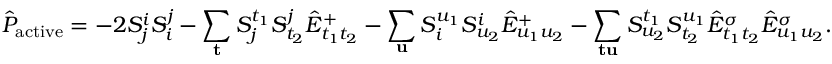
\hat { P } _ { \mathrm { a c t i v e } } = - 2 S _ { j } ^ { i } S _ { i } ^ { j } - \sum _ { \mathbf { t } } S _ { j } ^ { t _ { 1 } } S _ { t _ { 2 } } ^ { j } \hat { E } _ { t _ { 1 } t _ { 2 } } ^ { + } - \sum _ { \mathbf { u } } S _ { i } ^ { u _ { 1 } } S _ { u _ { 2 } } ^ { i } \hat { E } _ { u _ { 1 } u _ { 2 } } ^ { + } - \sum _ { \mathbf { t } \mathbf { u } } S _ { u _ { 2 } } ^ { t _ { 1 } } S _ { t _ { 2 } } ^ { u _ { 1 } } \hat { E } _ { t _ { 1 } t _ { 2 } } ^ { \sigma } \hat { E } _ { u _ { 1 } u _ { 2 } } ^ { \sigma } .